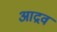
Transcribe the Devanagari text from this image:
आद्रव